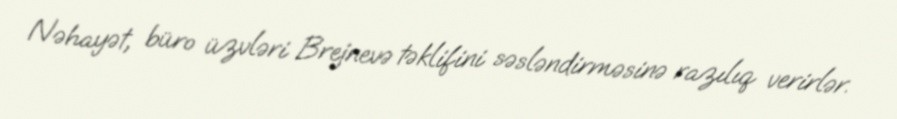
Nəhayət, büro üzvləri Brejnevə təklifini səsləndirməsinə razılıq verirlər.